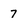
Character: 7